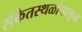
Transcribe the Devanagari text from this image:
संकेतस्थळांपासून